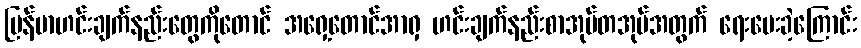
မြန်မာဟင်းချက်နည်းတွေကိုတောင် အရှေ့တောင်အာရှ ဟင်းချက်နည်းစာအုပ်တအုပ်အတွက် ရေးပေးခဲ့ကြောင်း